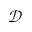
\mathscr { D }